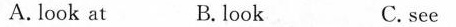
A. look at B. look C. see